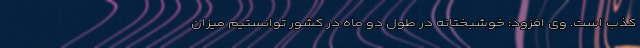
کذب است. وی افزود: خوشبختانه در طول دو ماه در کشور توانستیم میزان